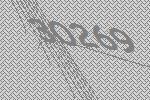
30269